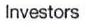
Investors